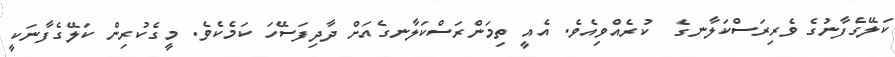
ކަލޭގެފާނުގެ ވެރިރަސްކަލާނގެ  ކުރެއްވިއެވެ. އެއީ ތިމަންރަސްކަލާނގެއަށް ދާދިފަސޭހަ ކަމެކެވެ. މީގެކުރިން ކަލޭގެފާނަކީ